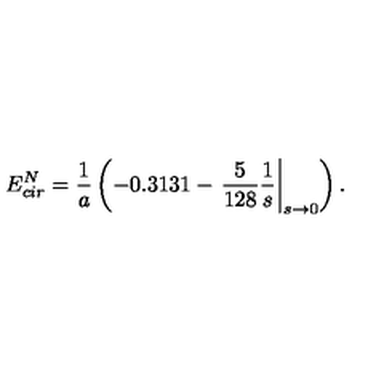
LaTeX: E _ { c i r } ^ { N } = \frac { 1 } { a } \left( - 0 . 3 1 3 1 - \left. \frac { 5 } { 1 2 8 } \frac { 1 } { s } \right| _ { s \to 0 } \right) .